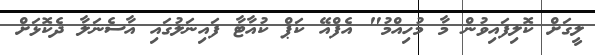
ލީގަށް ކޮލިފައިވުން މާ މުހިއްމު" އެފްއޭ ކަޕް ކުއާޓާ ފައިނަލުގައި އާސެނަލާ ދެކޮޅަށް